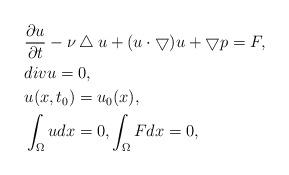
LaTeX: \begin{align*} &\frac{\partial u}{\partial t}-\nu \bigtriangleup u+(u \cdot \bigtriangledown ) u+\bigtriangledown p=F,\\ &div u=0,\\ &u(x,t_0)=u_0 (x),\\ &\int_{\Omega} u dx=0, \int_{\Omega} F dx=0,\end{align*}